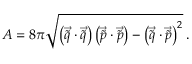
A = 8 \pi \sqrt { \left( \vec { \tilde { q } } \cdot \vec { \tilde { q } } \right) \left( \vec { \tilde { p } } \cdot \vec { \tilde { p } } \right) - \left( \vec { \tilde { q } } \cdot \vec { \tilde { p } } \right) ^ { 2 } } \, .